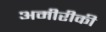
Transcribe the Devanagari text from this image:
अमीरीकी